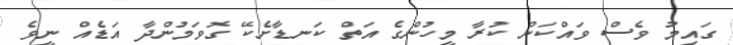
ގައިމު ވެސް ވައްކަން ކުރާ މީހުންގެ އަތް ކަނޑާށެކޭ ގޮވަމުންދާ އަޑެއް ނީވެ